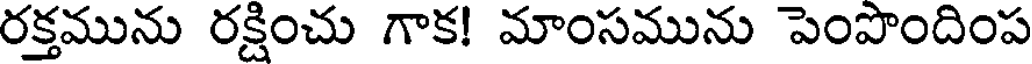
రక్తమును రక్షించు గాక! మాంసమును పెంపొందింప